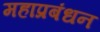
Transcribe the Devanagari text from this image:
महाप्रबंधन